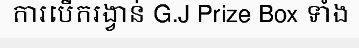
ការបើករង្វាន់ G.J Prize Box ទាំង